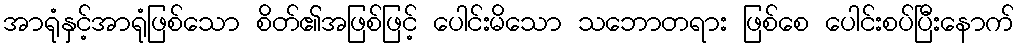
အာရုံနှင့်အာရုံဖြစ်သော စိတ်၏အဖြစ်ဖြင့် ပေါင်းမိသော သဘောတရား ဖြစ်စေ ပေါင်းစပ်ပြီးနောက်